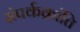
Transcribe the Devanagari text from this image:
संपर्कक्रांति